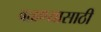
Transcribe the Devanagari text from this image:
वळण्यासाठी